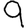
Digit: 9